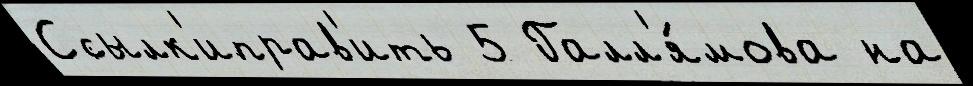
Ссылк'иправ'ить 5 Галл'я́мова на